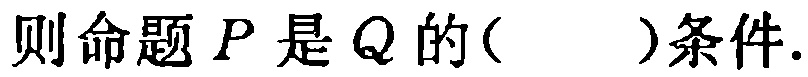
则命题\(P\)是\(Q\)的( )条件.